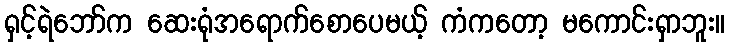
ရှင့်ရဲဘော်က ဆေးရုံအရောက်စောပေမယ့် ကံကတော့ မကောင်းရှာဘူး။